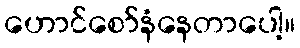
ဟောင်စော်နံနေတာပေါ့။